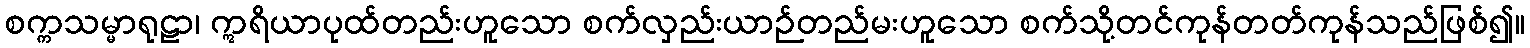
စက္ကသမ္မာရုဠာ၊ ဣရိယာပုထ်တည်းဟူသော စက်လှည်းယာဉ်တည်မးဟူသော စက်သို့တင်ကုန်တတ်ကုန်သည်ဖြစ်၍။